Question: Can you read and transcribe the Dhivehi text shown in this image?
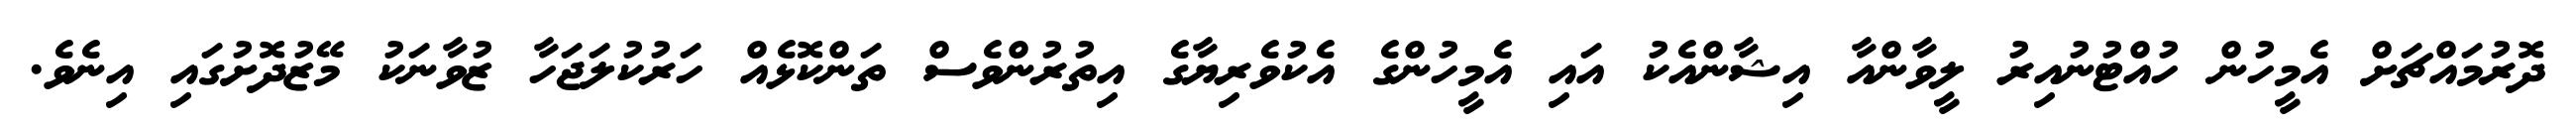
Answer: ދޮރުމައްޗަށް އެމީހުން ހުއްޓުނުއިރު ލީވާންއާ އިޝާންއެކު އައި އެމީހުންގެ އެކުވެރިޔާގެ އިތުރުންވެސް ތަންކޮޅެއް ހަރުކުލަޖަހާ ޒުވާނަކު މޭޒުދޮށުގައި އިނެވެ.